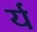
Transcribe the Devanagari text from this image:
र्य